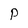
Character: P